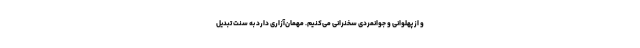
و از پهلوانی و جوانمردی سخنرانی می‌کنیم. مهمان‌آزاری دارد به سنت تبدیل